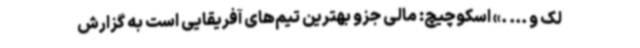
لک و ... .» اسکوچیچ: مالی جزو بهترین تیم‌های آفریقایی است به گزارش